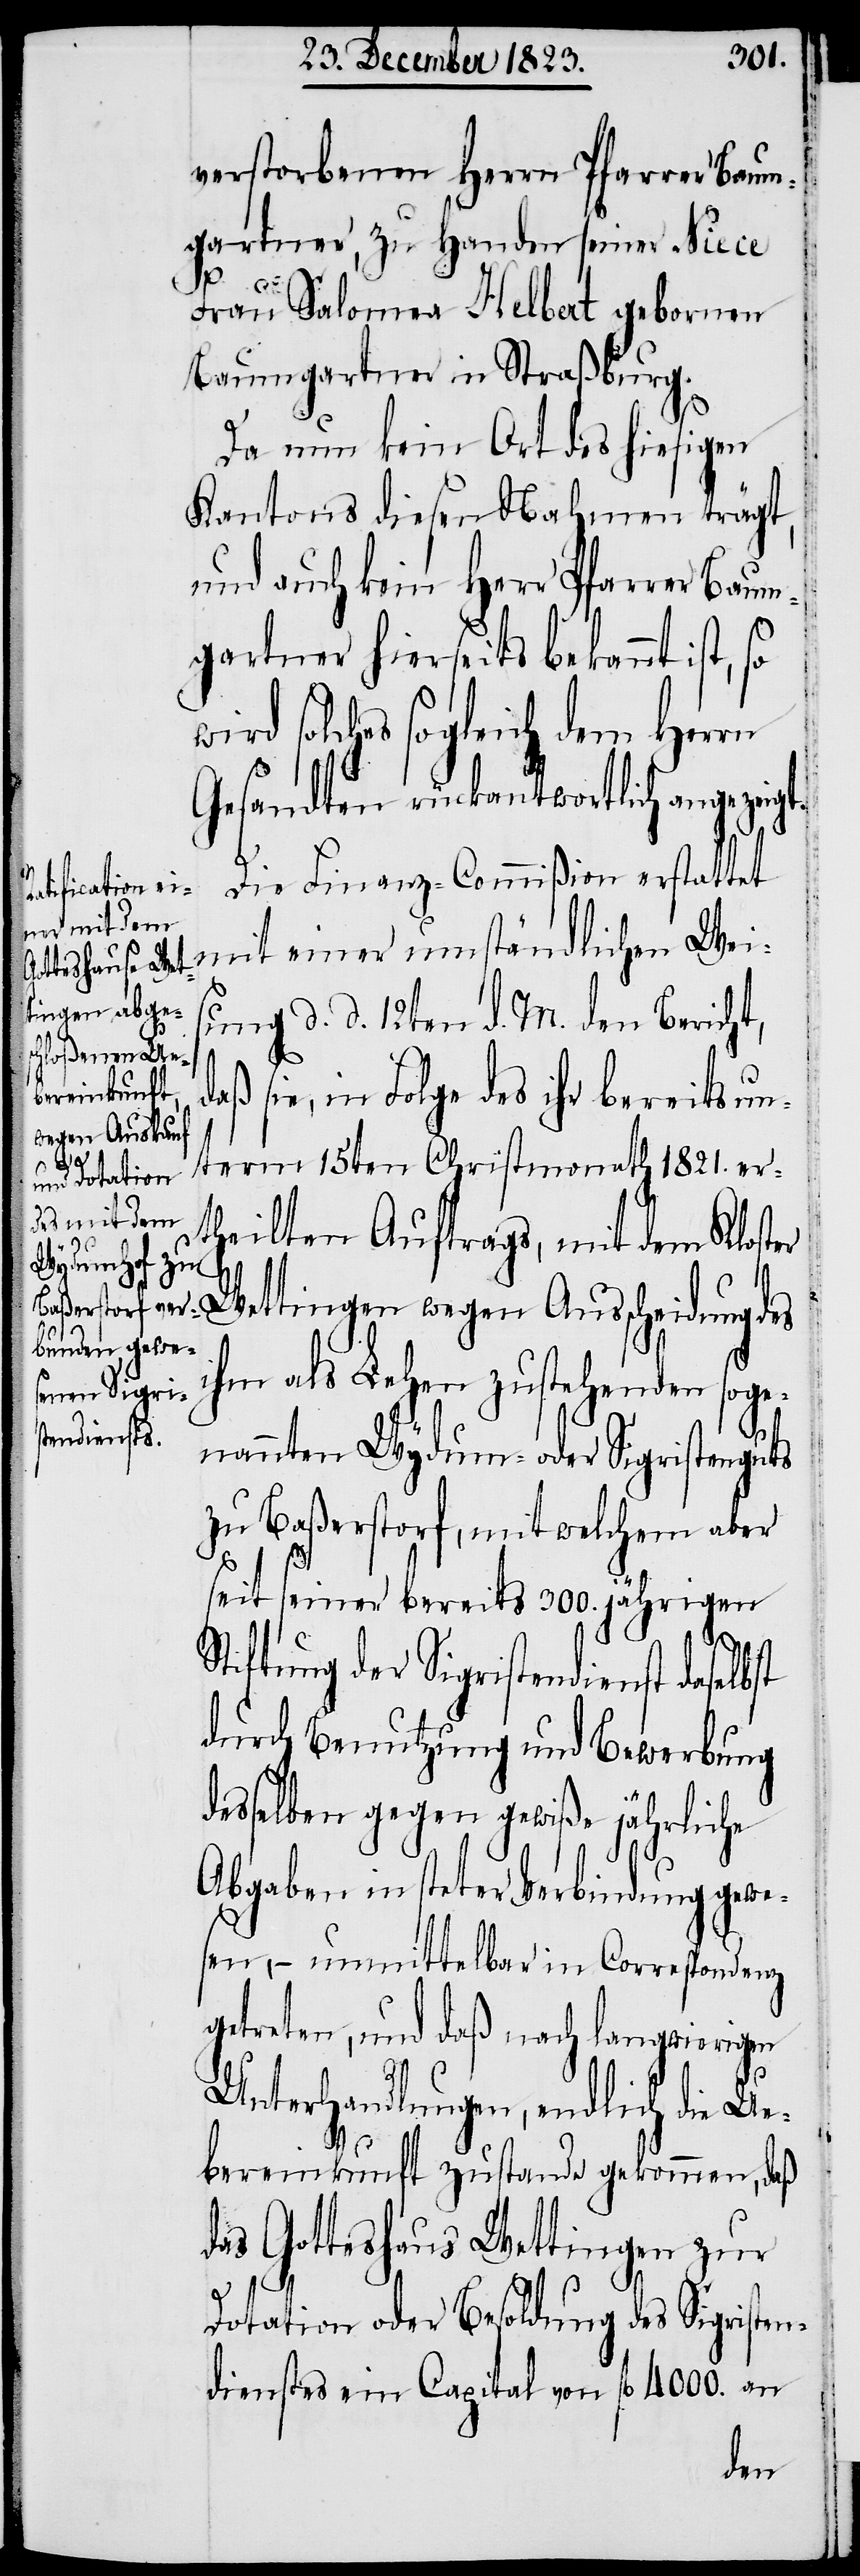
wir¬

verstorbenen Herrn Pfarrer Baum¬
gartner, zu Handen seiner Niece
Frau Salomea Helbert gebornen
Baumgartner in Straßburg.
Da nun kein Ort des hiesigen
Kantons diesen Nahmen trägt,
und auch kein Herr Pfarrer Baum¬
gartner hierseits bekannt ist,
d solches sogleich dem Herrn
Gesandten rückantwortlich angezeigt.
Die Finanz-Commißion erstattet
mit einer umständlichen Wei¬
sung d. d. 12ten d. M. den Bericht,
aß sie, in Folge des ihr bereits un¬
term 15ten Christmonath 1821. er¬
theilten Auftrags, mit dem Kloster
Wettingen wegen Ausscheidung des
ihm als Lehen zustehenden soge¬
nannten Wydum- oder Sigristenguts
zu Baßerstorf, mit welchem aber
seit seiner bereits 300. jährigen
Stiftung der Sigristendienst daselb¬
durch Benutzung und Bewerbung
desselben gegen gewiße jährliche
Abgaben in steter Verbindung gewe¬
sen, − unmittelbar in Correspondenz
getreten, und daß nach langwierigen
st
Unterhandlungen, endlich die Ue¬
bereinkunft zustande gekommen, daß
das Gotteshaus Wettingen zur
Dotation oder Besoldung des Sigristen¬
dienstes ein Capital von fl 4000. an